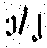
၁/၂